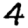
Digit: 4